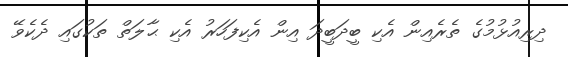
ދިރިއުޅުމުގެ ތެރެއިން އެކި ބީދަބީދަ އިން އެކިފަހަރު އެކި ޙާލަތް ތަކުގައި ދެކެވޭ